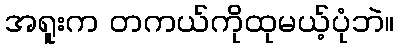
အရူးက တကယ်ကိုထုမယ့်ပုံဘဲ။